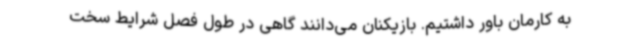
به کارمان باور داشتیم. بازیکنان می‌دانند گاهی در طول فصل شرایط سخت